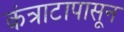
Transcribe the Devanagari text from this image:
कंत्राटापासून